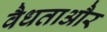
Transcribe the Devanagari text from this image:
वैधताऔर